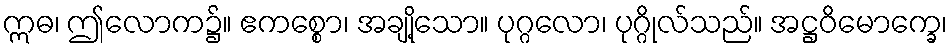
ဣဓ၊ ဤလောက၌။ ဧကစ္စော၊ အချို့သော။ ပုဂ္ဂလော၊ ပုဂ္ဂိုလ်သည်။ အဋ္ဌဝိမောက္ခေ၊